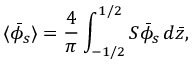
\langle \bar { \phi } _ { s } \rangle = \frac { 4 } { \pi } \int _ { - 1 / 2 } ^ { 1 / 2 } S \bar { \phi } _ { s } \, d \bar { z } ,